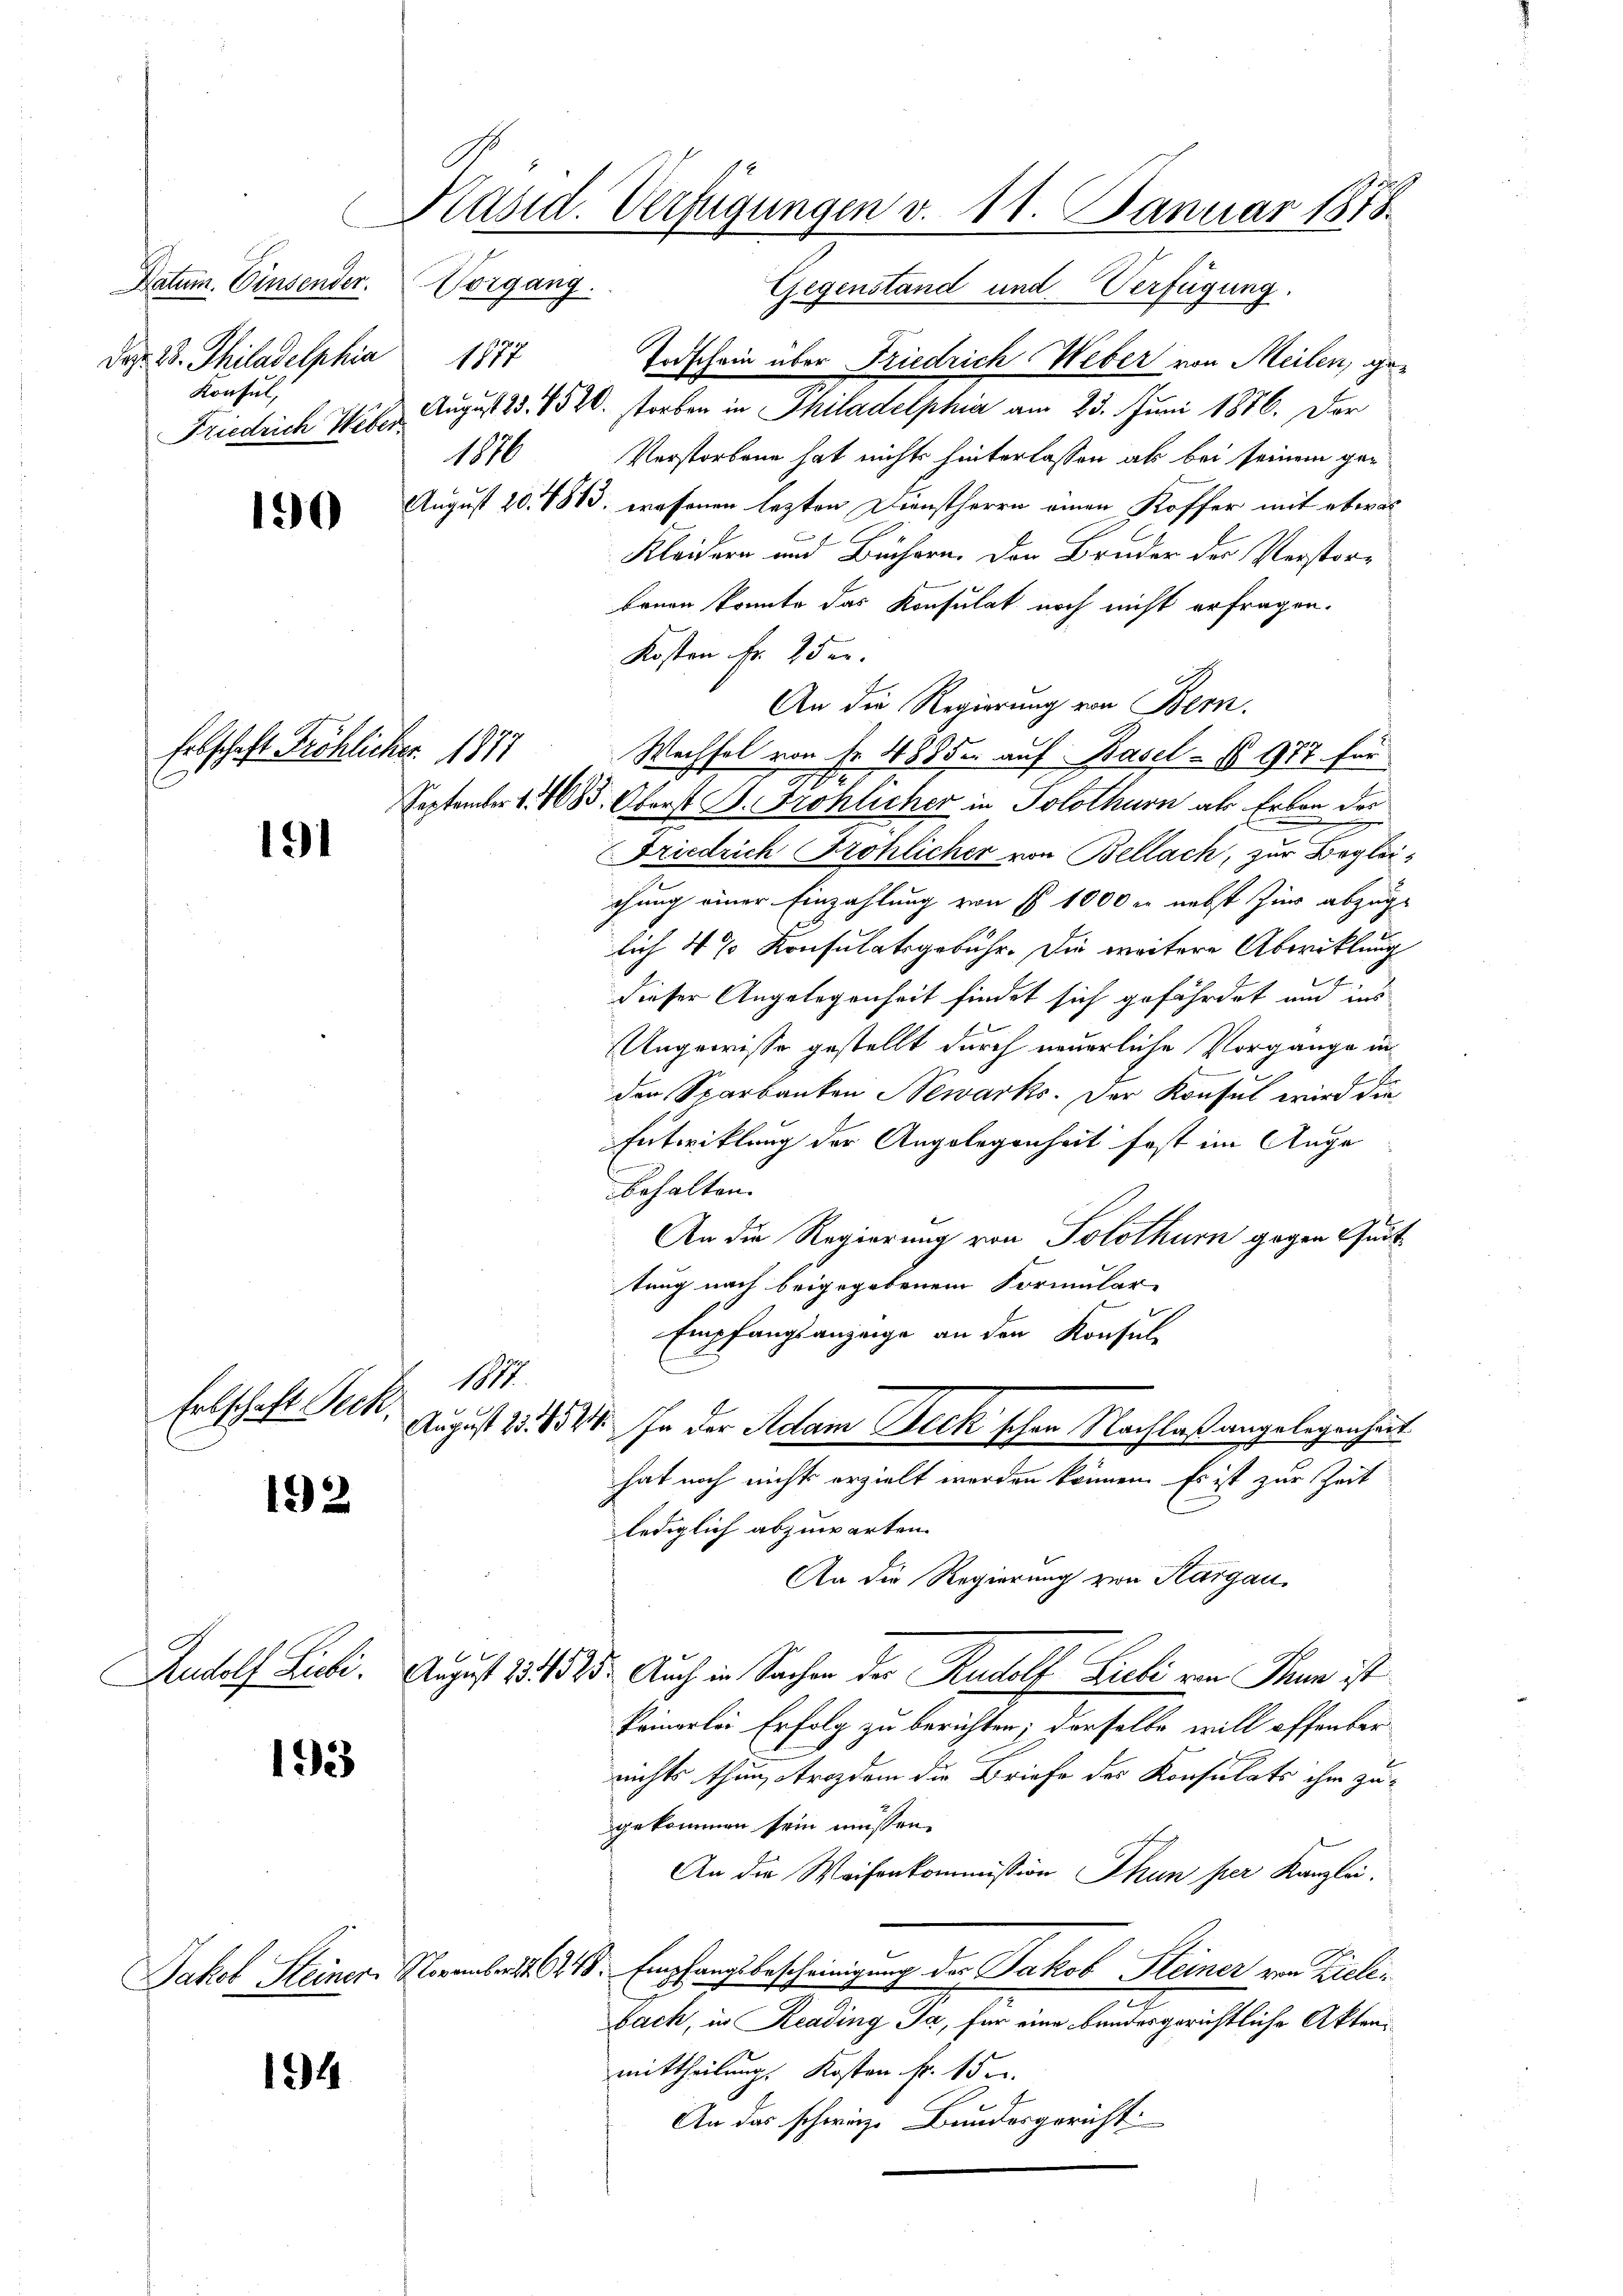
Datum. Einsender. Vorgang.
da. D. Philadelphia
Konsul,

190

Erbschaft Fröhlicher 1877

191

Ertschaft Seck.

192

Saales tit.

193

194

Präsid. Verfügungen v. 11. Januar 1878.
Gegenstand und Verfügung.

Todschein über Friedrich Weber von Meilen, ge¬
Friedrich Weber August 23. 1520. storben in Philadelphia am 23. Juni 1886. Der
Verstorbene hat nichts hinterlassen als bei seinem ger
August 20. 1813. eressenen lezten Dienstherrn einen Koffer mit etwas
Kleidern und Büchern. Den Bruder der Verstorbrunn konnte das Konsulat noch nicht erfragen.
Kosten Fr. 7 der
An die Regierung von Bern.
Wechsel von Fr. 1885 auf Basel - No 977 für
September 1. 1085. Oberst B. Fröhlicher in Solothurn als Erben des
Friedrich Fröhlicher von Bellach, zur Begleichung einer Einzahlung von § 1000 er nebst hier abzuge
lich 4 % Konsulatsgebühr. Die weitere Abwicklung
dieser Angelegenheit findet sich gefährdet und ins
Ungewisse gestellt durch neuerliche Vorgange in
den Sparbanten Newarks. Der Konsul wird die
Entwicklung der Angelegenheit fast im Auge
E
behalten.
An die Regierung von Solothurn gegen Quit
tung nach beigegebenem Formular-
Empfangsanzeige an den Konsul-
1877.
August 13. 1544. In der Adam Deck schon Nachlaß angelegenheit.
hat noch nicht erzielt werden können. Es ist zur Zeit
lediglich abzuwarten.
An die Regierung von Sargau
August 13. 1525. Auch in Sachen der Rudolf Zieli von Thun ist
keinerlei Erfolg zu berichten; derselbe will offenbar
nichts thun, Arozdem die Briefe des Konsulats ihm zu-
gekommen sein müssen.
An die Weisenkommission Thun per Kanzlei.
Jakob Steiner. November 1918. Empfangsbescheinigung des Jakob Steiner von Zielei
bach, in Reading Ja, für eine bundesgerichtliche Aktenmittheilung. Kosten fr. 15.
An das schweiz. Bundesgericht:

1877
1876